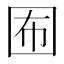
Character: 𡇊